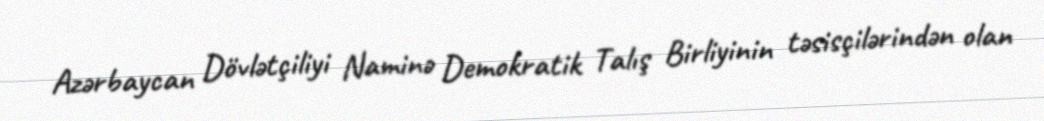
Azərbaycan Dövlətçiliyi Naminə Demokratik Talış Birliyinin təsisçilərindən olan